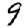
Digit: 9